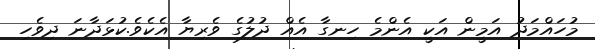
މުހައްމަދު އަމީން އަކީ އެންމެ ހިނގާ އެއް ދުލުގެ ވެރިޔާ އެކެވެ.ކުޅަދާނަ ދިވެހި